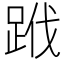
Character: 𨀳